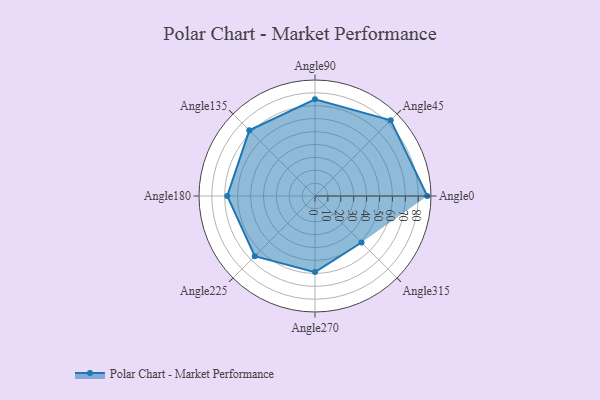
{"axis": {"x": "Angle", "y": "Radius"}, "legend": [""], "data": [{"x": "Angle0", "y": 87.0, "type": ""}, {"x": "Angle45", "y": 83.0, "type": ""}, {"x": "Angle90", "y": 75.0, "type": ""}, {"x": "Angle135", "y": 72.0, "type": ""}, {"x": "Angle180", "y": 68.0, "type": ""}, {"x": "Angle225", "y": 66.0, "type": ""}, {"x": "Angle270", "y": 59.0, "type": ""}, {"x": "Angle315", "y": 51.0, "type": ""}]}